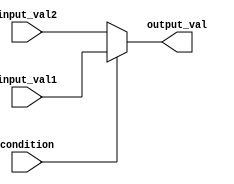
module conditional_assign (
    input wire condition,
    input wire input_val1,
    input wire input_val2,
    output reg output_val
);

always @(*) begin
    if (condition) begin
        output_val = input_val1;
    end else begin
        output_val = input_val2;
    end
end

endmodule